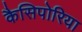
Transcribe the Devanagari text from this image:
कैसिपोरिया